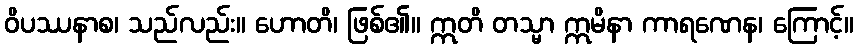
ဝိပဿနာစ၊ သည်လည်း။ ဟောတိ၊ ဖြစ်၏။ ဣတိ တသ္မာ ဣမိနာ ကာရဏေန၊ ကြောင့်။